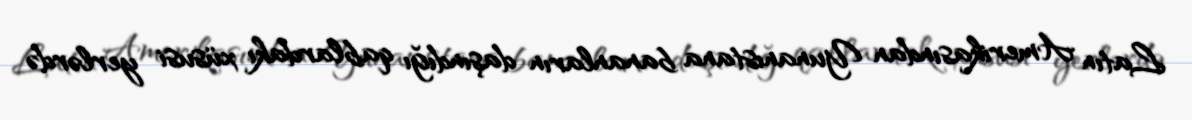
Latın Amerikasından Yunanıstana bananların daşındığı qablardakı xüsusi yerlərdə